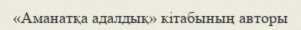
«Аманатқа адалдық» кітабының авторы